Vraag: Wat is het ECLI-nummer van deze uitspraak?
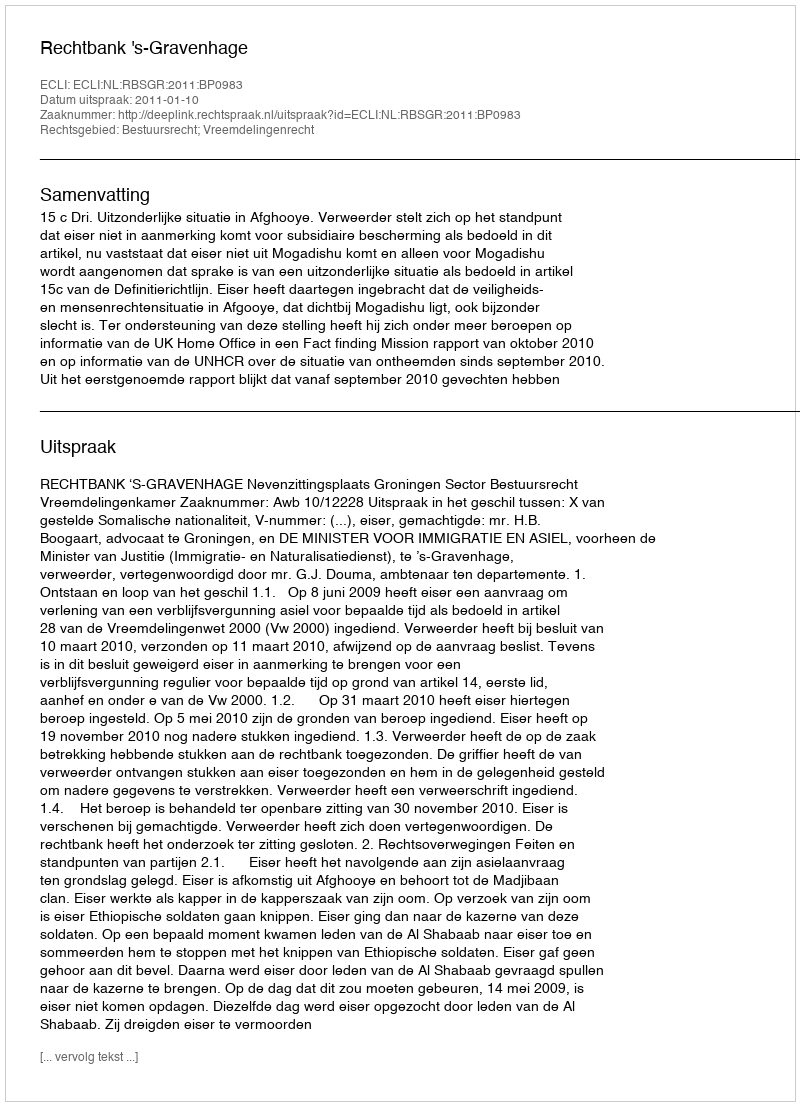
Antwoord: ECLI:NL:RBSGR:2011:BP0983